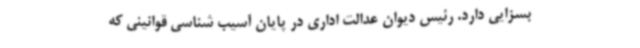
بسزایی دارد. رئیس دیوان عدالت اداری در پایان آسیب شناسی قوانینی که